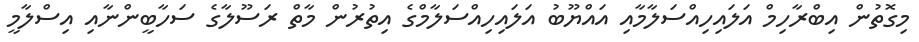
މިގޮތުން އިބްރާހިމް އަލައިހިއްސަލާމާއި އައްޔޫބު އަލައިހިއްސަލާމްގެ އިތުރުން މާތް ރަސޫލާގެ ސަހާބީންނާއި އިސްލާމީ